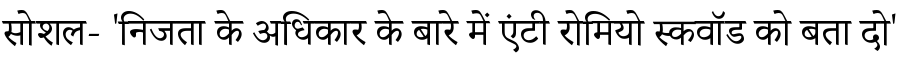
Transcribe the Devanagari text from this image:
सोशल- 'निजता के अधिकार के बारे में एंटी रोमियो स्कवॉड को बता दो'